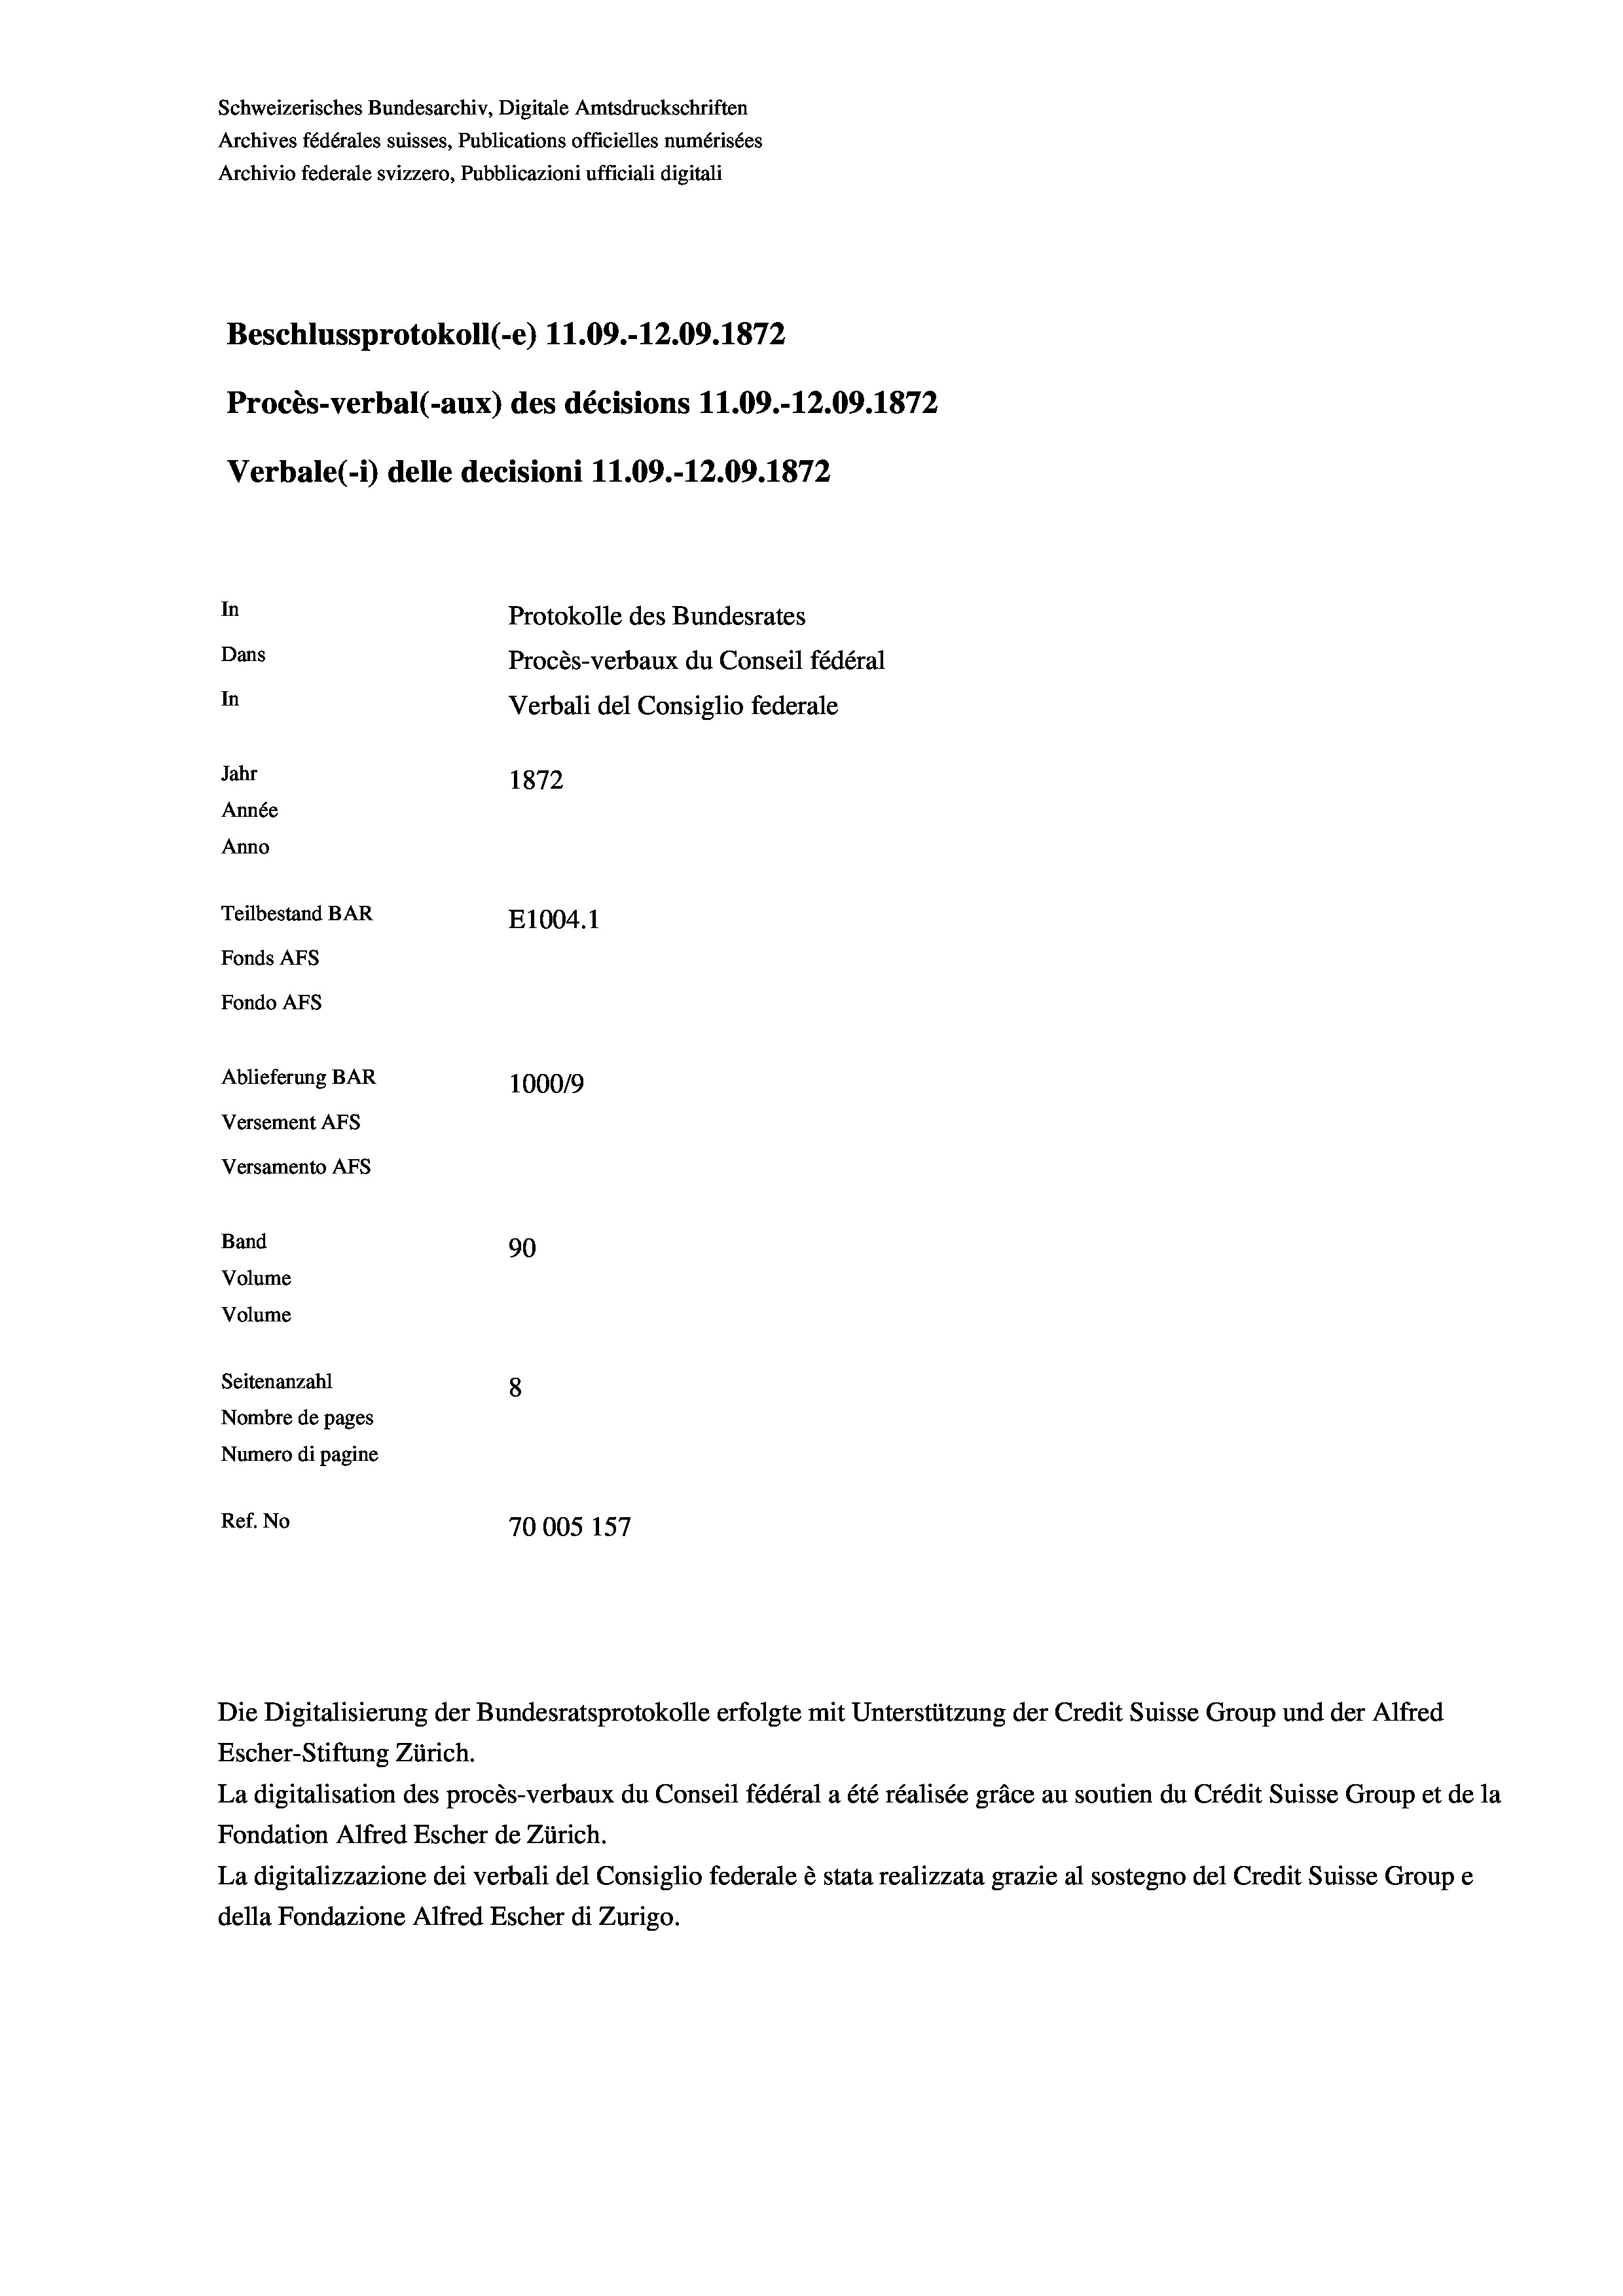
Schweizerisches Bundesarchiv, Digitale Amtsdruckschriften
Archives fédérales suisses, Publications officielles numérisées
Archivio federale svizzero, Pubblicazioni ufficiali digitali
Beschlussprotokoll (-e) 11.09.-12.09. 1872
Procès-verbal (-aux) des décisions 11.09.-12.09. 1872
Verbale(-*) delle decisioni 11.09.-12.09. 1872
In
Protokolle des Bundesrates
Dans
Procès-verbaux du Conseil fédéral
In
Verbali del Consiglio federale
Jahr
1872
Année
Anno
Teilbestand BAR
E1004. 1
Fonds AFs
Fondo AFs
Ablieferung BAR
100019
Versement AFs
Versamento AFs
Band
90
Volume
Volume
Seitenanzahl
8
Nombre de pages
Numero di pagine
Ref. No
70005 157

La digitalisation des procès-verbaux du Conseil fédéral a été réalisée gräce au soutien du Crédit Suisse Group et de la
Fondation Alfred Escher de Zürich.
La digitalizzazione dei verbali del Consiglio federale è stata realizzata grazie al sostegno del Credit Suisse Groupe
della Fondazione Alfred Escher di Zurigo.

Escher-Stiftung Zürich.

Die Digitalisierung der Bundesratsprotokolle erfolgte mit Unterstützung der Credit Suisse Group und der Alfred